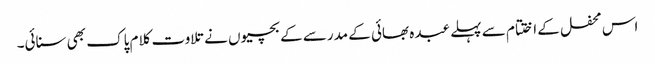
اس محفل کے اختتام سے پہلے عبدہ بھائی کے مدرسے کے بچیوں نے تلاوت کلام پاک بھی سنائی۔